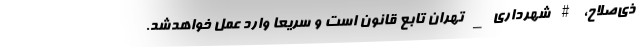
ذی‌صلاح، #شهرداری_تهران تابع قانون است و سریعاً وارد عمل خواهدشد.